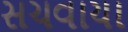
સચવાયા